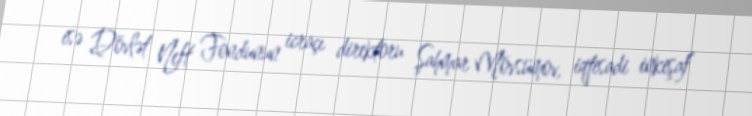
isə Dövlət Neft Fondunun icraçı direktoru Şahmar Mövsümov, iqtisadi inkişaf